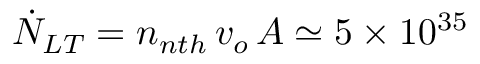
\dot { N } _ { L T } = n _ { n t h } \, v _ { o } \, A \simeq 5 \times 1 0 ^ { 3 5 }